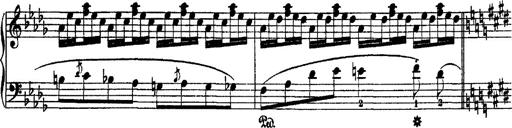
Title: 2 KonzertetÃ¼den
Composer: Franz Liszt